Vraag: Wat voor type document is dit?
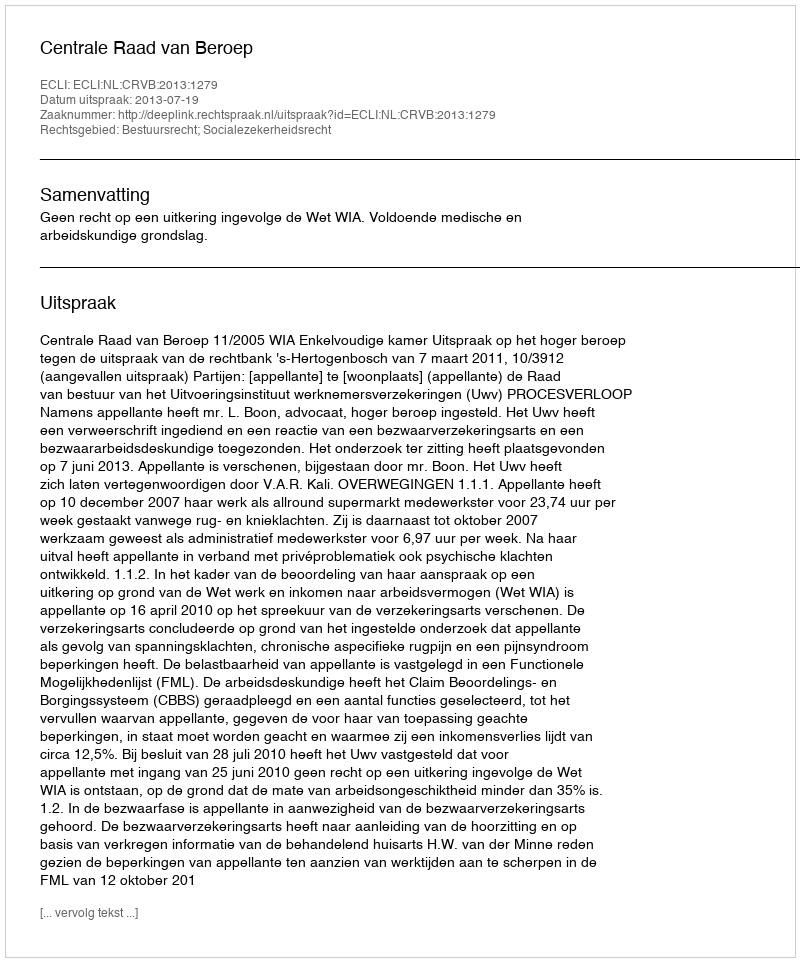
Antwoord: Uitspraak